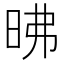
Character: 昲